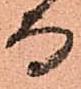
而